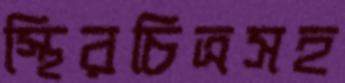
স্থিরচিত্রসহ